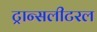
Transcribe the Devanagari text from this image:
ट्रान्सलीटरल